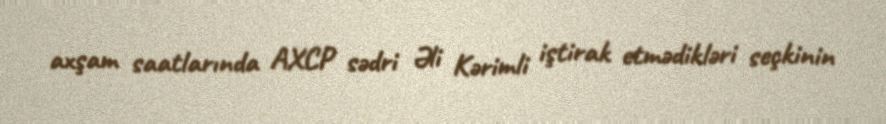
axşam saatlarında AXCP sədri Əli Kərimli iştirak etmədikləri seçkinin